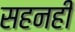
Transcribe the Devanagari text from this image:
सहनही